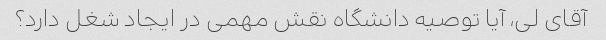
آقای لی، آیا توصیه دانشگاه نقش مهمی در ایجاد شغل دارد؟